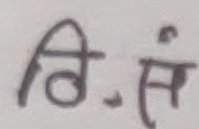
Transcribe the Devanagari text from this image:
वि.सं